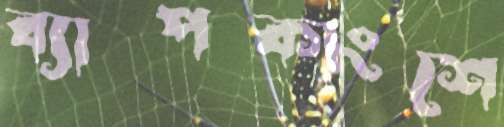
ব্যাপকাংশে